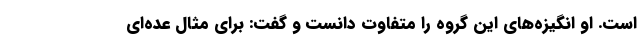
است. او انگیزه‌های این گروه را متفاوت دانست و گفت: برای مثال عده‌ای